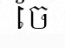
ចែ